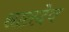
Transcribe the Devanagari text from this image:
सातदेव